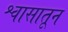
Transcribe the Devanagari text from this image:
श्वासातून